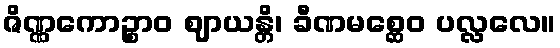
ဇိဏ္ဏကောဉ္စာဝ ဈာယန္တိ၊ ခီဏမစ္ဆေဝ ပလ္လလေ။